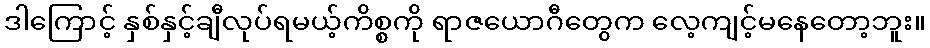
ဒါကြောင့် နှစ်နှင့်ချီလုပ်ရမယ့်ကိစ္စကို ရာဇယောဂီတွေက လေ့ကျင့်မနေတော့ဘူး။